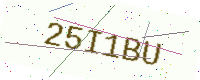
Text: 25I1BU